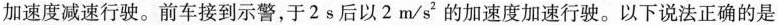
加速度减速行驶。前车接到示警，于2s后以2m/s^{2}的加速度加速行驶。以下说法正确的是